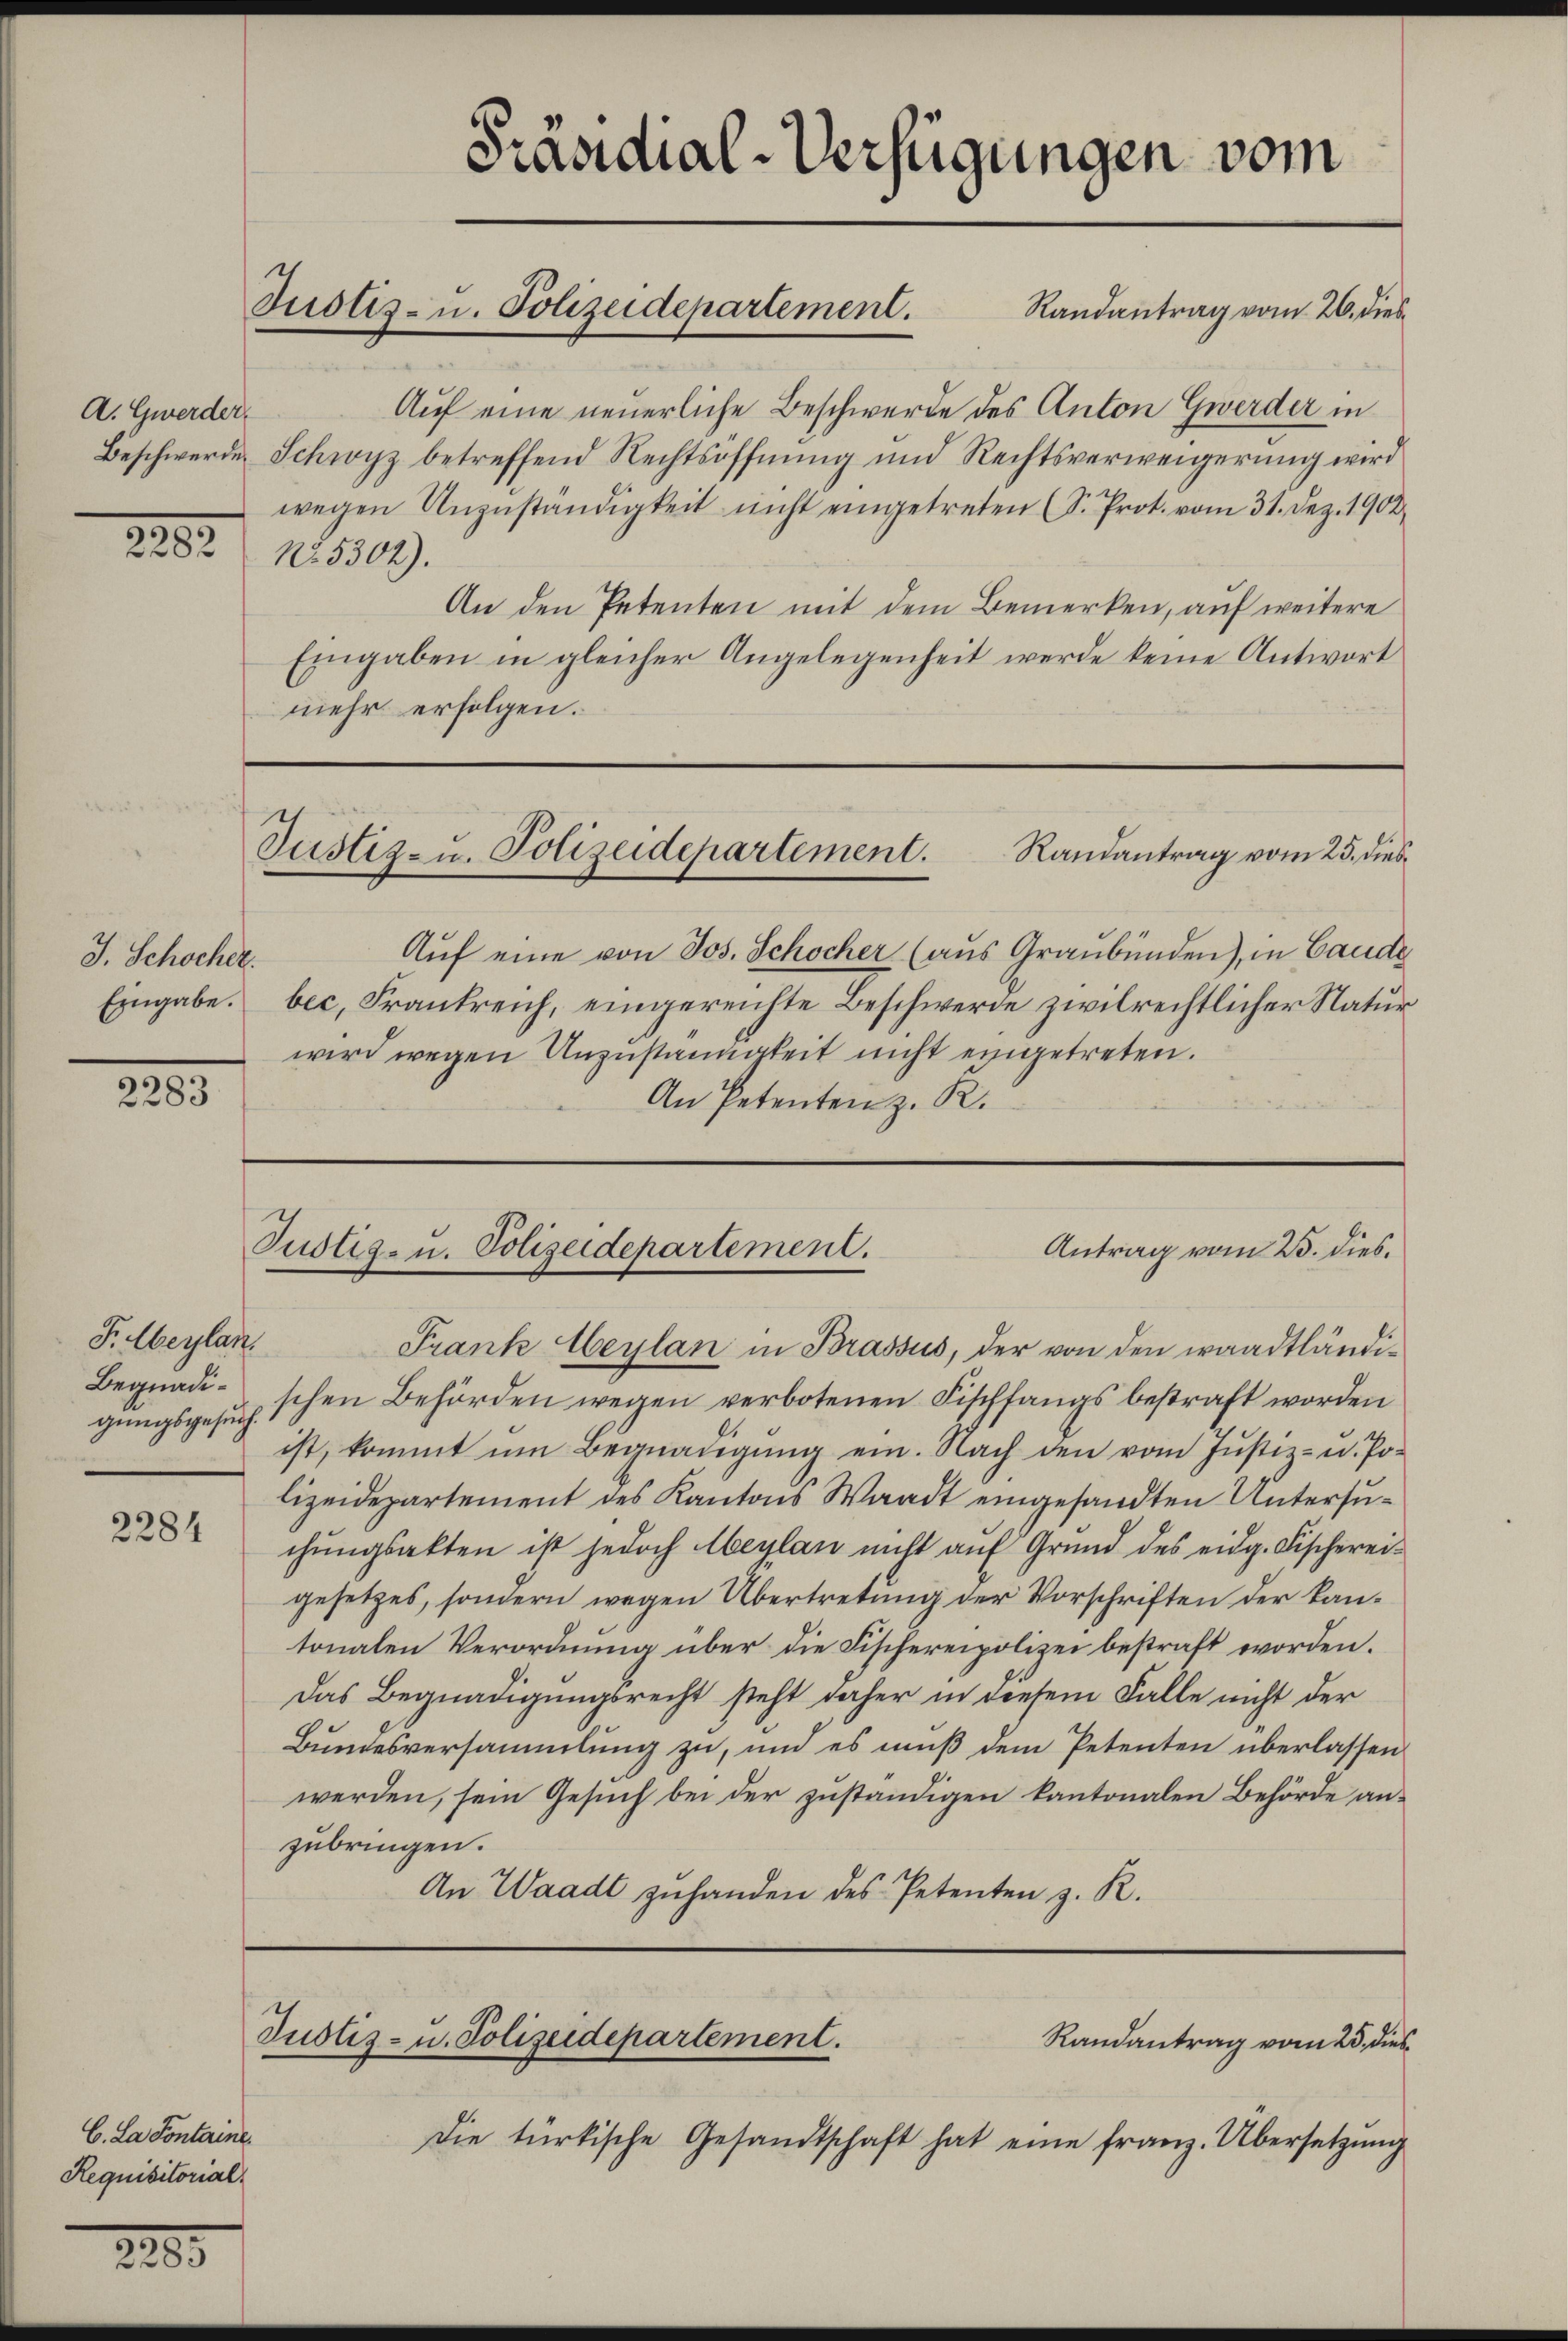
A. Gwerder
2252. 1809.

J. Schocher.

2283

F. Heylan
gungsgesuch.

2284

C. La Sontaine.
Requisitorial

228.

Auf eine neuerliche Beschwerde des Anton Gwerder in

Beschwerde Schwyz betreffend Rechtsöffnung und Rechtsverweigerung wird
wegen Unzuständigkeit nicht eingetreten (S. Prot. vom 31. Dez. 1902
An den Petenten mit dem Bemerken, auf weitere
Eingaben in gleicher Angelegenheit werde keine Antwort
mehr erfolgen.

Präsidial-Verfügungen vom
Justiz- u. Polizeidepartement.
Randantrag vom 26. dies¬

Justiz- u. Polizeidepartement.
Randantrag vom 25. dies¬

Auf eine von Jos. Schocher (aus Graubünden), in Gaude
Eingabe. bec, Frankreich, eingereichte Beschwerde zivilrechtlicher Natur
wird wegen Unzuständigkeit nicht eingetreten.
An Petenten z. R.

Antrag vom 25. dies.
Tustiz- u. Polizeidepartement.

Frank beylan in Brassus, der von den waadtländi¬
Begnadischen Behörden wegen verbotenen Fischfangs bestraft worden
ist, kommt um Begnadigung ein. Nach den vom Justiz- u. Polizeidepartement des Kantons Waadt eingesandten Untersuchŭngsakten ist jedoch beylan nicht aŭf Grund des eidg. Fischerei-
gesetzes, sondern wegen Übertretung der Vorschriften der kantonalen Verordnung über die Fischereipolizei bestraft worden.
Das Begnadigungsrecht steht daher in diesem Falle nicht der
Bundesversammlung zu, und es muß dem Petenten überlassen
werden, sein Gesuch bei der zuständigen kantonalen Behörde anzubringen.
An Waadt zuhanden des Petenten z. R.

Justiz- u. Polizeidepartement.
Randantrag vom 25. dies

Die türkische Gesandtschaft hat eine franz. Übersetzŭng